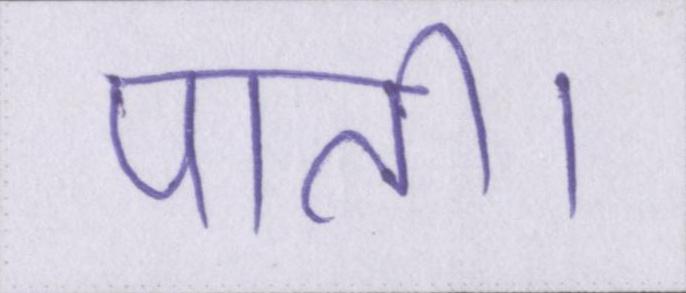
पाती।